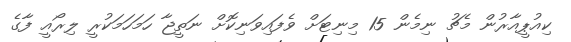
ކިއުޕީއާރުން މެޗު ނިމެން 15 މިނިޓަށް ވެފައިވަނިކޮށް ނަތީޖާ ހަމަހަަމަކުރީ ލިރޯއީ ފާގެ